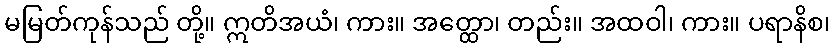
မမြတ်ကုန်သည် တို့။ ဣတိအယံ၊ ကား။ အတ္ထော၊ တည်း။ အထဝါ၊ ကား။ ပရာနိစ၊